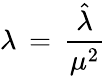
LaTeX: \lambda\, =\, {\frac{\hat{\lambda}}{\mu^{2}}}